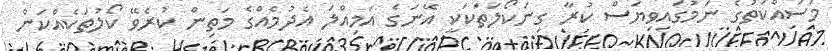
މަސައްކަތުގެ ނަމުގައިވިޔަސް ކުރާ ގިނަކޯލަތަކަކީ އޭނަގެ އަމިއްލަ އެދުމެއްގެ މަތިން ކުރެވޭ ކޯލުތަކެއްކަން